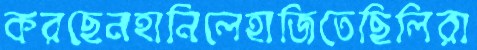
করছেনহানিলেহাজিতেছিলিরা